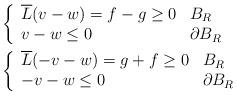
LaTeX: \begin{align*}& \left\{\begin{array}[c]{ll}\overline{L}(v-w)=f-g\geq0 & B_{R}\\v-w\leq0 & \partial B_{R}\end{array}\right. \\& \left\{\begin{array}[c]{ll}\overline{L}(-v-w)=g+f\geq0 & B_{R}\\-v-w\leq0 & \partial B_{R}\end{array}\right.\end{align*}